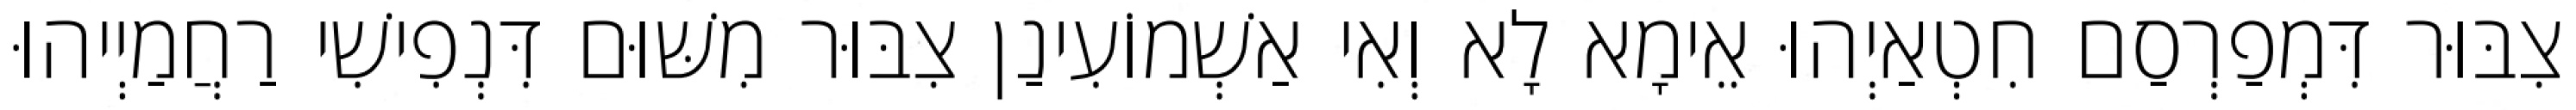
צִבּוּר דִּמְפַרְסַם חִטְאַיְהוּ אֵימָא לָא וְאִי אַשְׁמוֹעִינַן צִבּוּר מִשּׁוּם דִּנְפִישִׁי רַחֲמַיְיהוּ